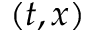
( t , x )